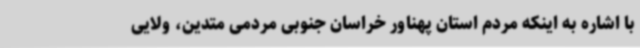
با اشاره به اینکه مردم استان پهناور خراسان جنوبی مردمی متدین، ولایی